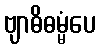
ဗျာဓိဓမ္မံပေ